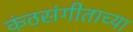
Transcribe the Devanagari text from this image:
कंठसंगीताच्या